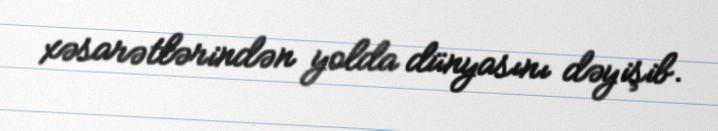
xəsarətlərindən yolda dünyasını dəyişib.